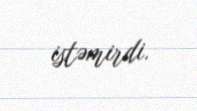
istəmirdi.